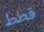
قطط